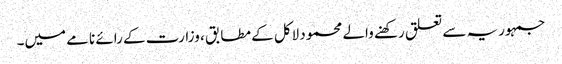
جمہوریہ سے تعلق رکھنے والے محمود لاکل کے مطابق ، وزارت کے رائے نامے میں۔